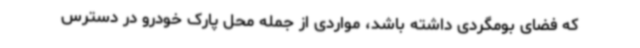
که فضای بومگردی داشته باشد، مواردی از جمله محل پارک خودرو در دسترس